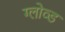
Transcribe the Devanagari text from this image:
ग्लोव्ड